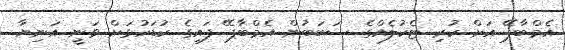
އެމްބާޕޭ އަށް ކުރި ޓެކުލެއްގެ ސަބަބުން އެމްބާޕޭ ފައިގެ ކުޑަހުޅަށް ވަނީ އަނިޔާ